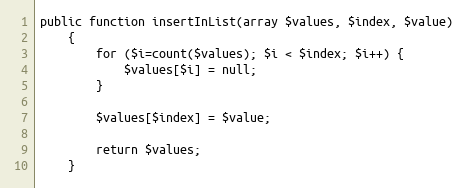
Language: PHP
public function insertInList(array $values, $index, $value)
    {
        for ($i=count($values); $i < $index; $i++) {
            $values[$i] = null;
        }

        $values[$index] = $value;

        return $values;
    }